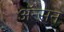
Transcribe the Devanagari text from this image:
अॅन्सन